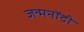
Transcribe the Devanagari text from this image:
जन्मनोंदी